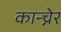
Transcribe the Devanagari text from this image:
कान्च्नेर